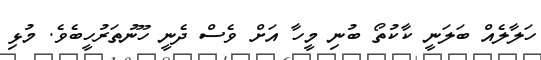
ހަލާލެއް ބަލަނީ ކާކުތޯ ބުނި މީހާ އަށް ވެސް ދެނީ ހޫނުތަރުހީބެވެ. މުޅި